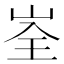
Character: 峑